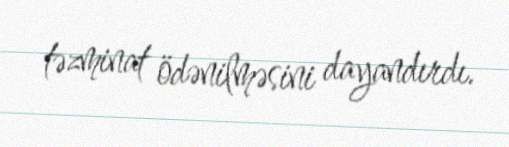
təzminat ödənilməsini dayandırdı.